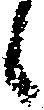
候